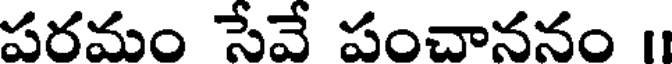
పరమం సేవే పంచాననం II